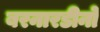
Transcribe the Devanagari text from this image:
बरनारडीनो